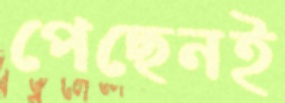
পেছেনই